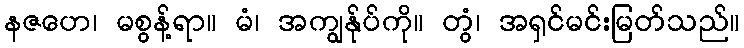
နဇဟေ၊ မစွန့်ရာ။ မံ၊ အကျွန်ုပ်ကို။ တွံ၊ အရှင်မင်းမြတ်သည်။